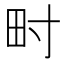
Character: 𤰥